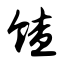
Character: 馇